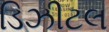
ડિઝીટલ